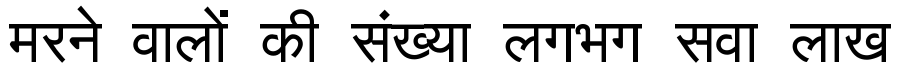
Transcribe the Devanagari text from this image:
मरने वालों की संख्या लगभग सवा लाख